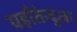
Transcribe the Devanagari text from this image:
यहाँतेन्दुआ